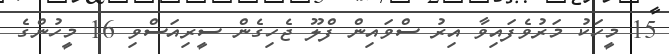
15 މީހަކު މަރުވެފައިވާ އިރު ސްވައިން ފްލޫ ޖެހިގެން ސީރިއަސްވި 16 މީހުންގެ